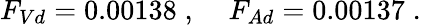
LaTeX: F_{Vd}=0.00138\; ,\; \; \; \; F_{Ad}=0.00137\; .